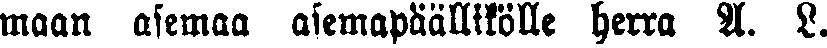
maan asemaa asemapäällikölle herra A. L.